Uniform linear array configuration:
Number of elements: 32
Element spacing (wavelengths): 0.25
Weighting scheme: kaiser
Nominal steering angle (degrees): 30
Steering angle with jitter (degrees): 31.759
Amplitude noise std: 0.05
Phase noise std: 0.05

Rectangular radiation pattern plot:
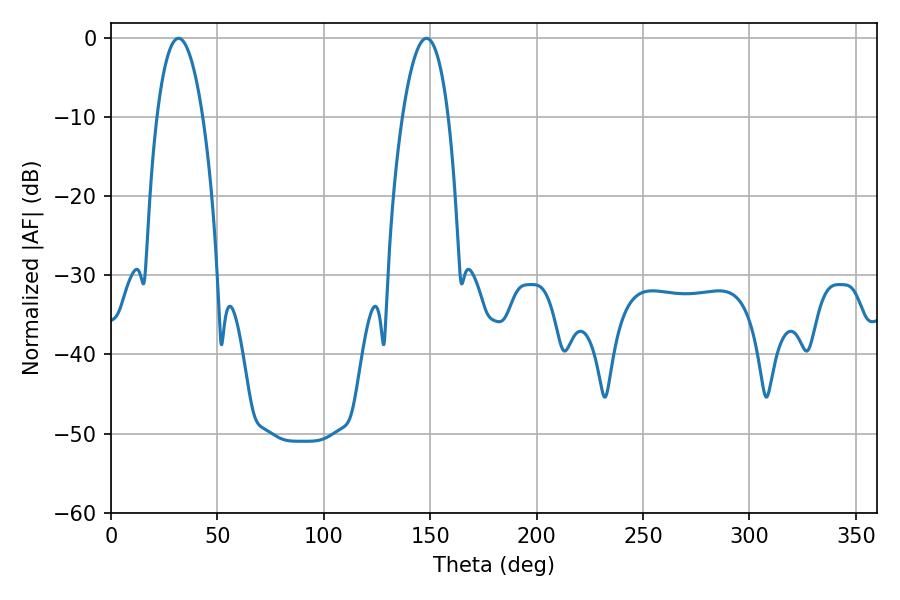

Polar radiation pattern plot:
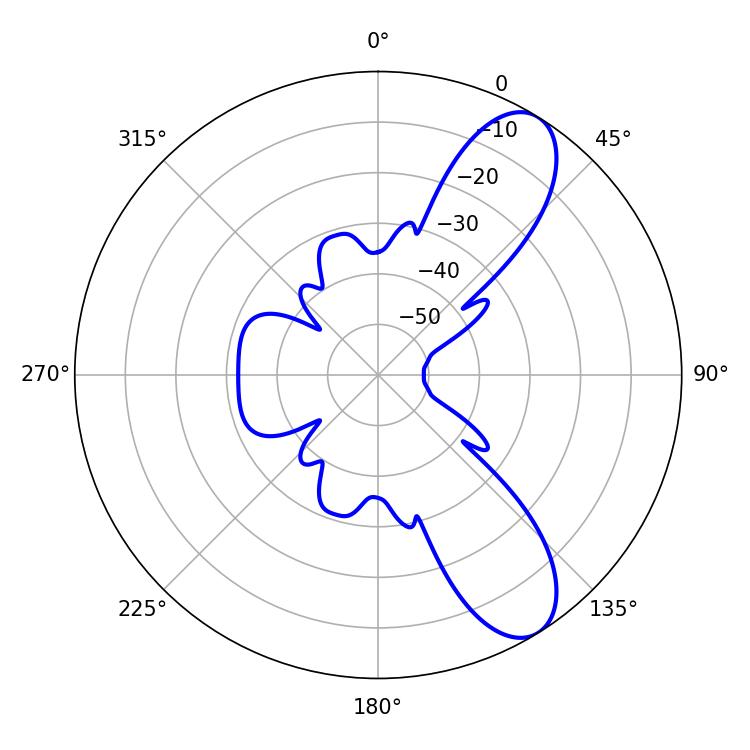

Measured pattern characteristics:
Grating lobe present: FALSE
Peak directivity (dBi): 9.298
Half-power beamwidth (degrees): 12.06
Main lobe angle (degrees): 31.68